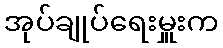
အုပ်ချုပ်ရေးမှူးက